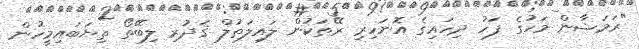
"ރަމަޟާން މަހުގެ ފަހު ދިހައިގެ އޮނަހިރި ރޭތަކުން ލައިލަތުލް ޤަދުރި ލިބޭތޯ ތިޔަބައިމީހުން